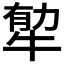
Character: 𤙼